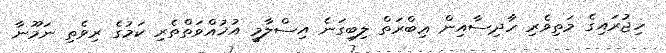
ހިޖުރައިގެ މަތިވެރި ހާދިސާއިން ޢިބްރަތް ލިބިގަނެ އިސްލާމީ އުޚުއްވަތްތެރި ކަމުގެ ރިވެތި ނަމޫނާ